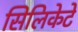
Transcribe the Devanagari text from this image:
सिलिकेटे